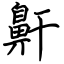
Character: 鼾